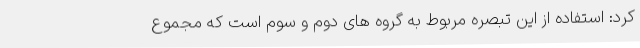
کرد: استفاده از این تبصره مربوط به گروه های دوم و سوم است که مجموع